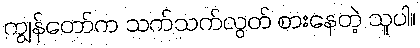
ကျွန်တော်က သက်သက်လွတ် စားနေတဲ့ သူပါ။